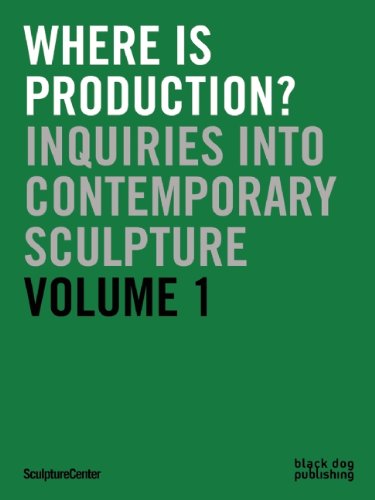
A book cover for Where is Production?: Inquiries into Contemporary Sculpture vol 1; Arts & Photography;